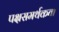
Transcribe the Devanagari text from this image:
पक्षसमर्थकता